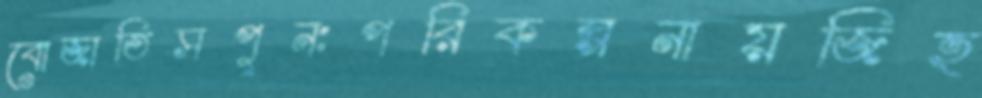
বোজাতিসপুনঃপরিকল্পনায়জিহ